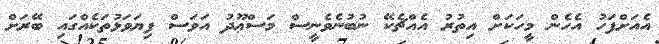
އެއަށްފަހު އެހެން މީހަކަށް އިތުރު އެއްޗެކޭ ނުބުނެވެނީސް މަސްޢޫދު އަވަސް ފިޔަވަޅުތަކެއްގައި ބޭރަށް